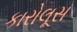
કારોલૂસ